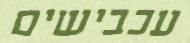
עכבישים